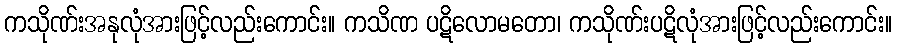
ကသိုဏ်းအနုလုံအားဖြင့်လည်းကောင်း။ ကသိဏ ပဋိလောမတော၊ ကသိုဏ်းပဋိလုံအားဖြင့်လည်းကောင်း။